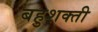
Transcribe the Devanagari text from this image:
बहुशक्ती